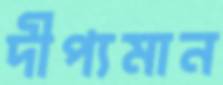
দীপ্যমান